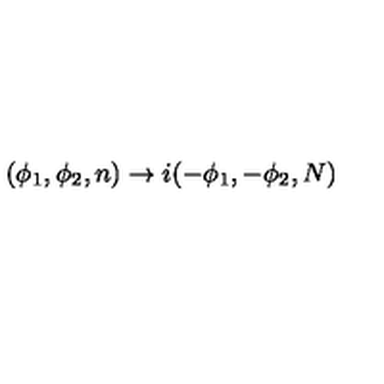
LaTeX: ( \phi _ { 1 } , \phi _ { 2 } , n ) \rightarrow i ( - \phi _ { 1 } , - \phi _ { 2 } , N )